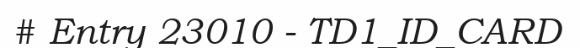
# Entry 23010 - TD1_ID_CARD